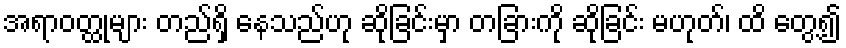
အရာဝတ္ထုများ တည်ရှိ နေသည်ဟု ဆိုခြင်းမှာ တခြားကို ဆိုခြင်း မဟုတ်၊ ထိ တွေ့၍